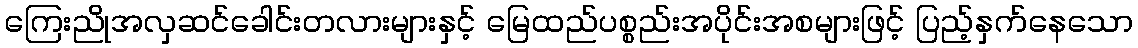
ကြေးညိုအလှဆင်ခေါင်းတလားများနှင့် မြေထည်ပစ္စည်းအပိုင်းအစများဖြင့် ပြည့်နှက်နေသော